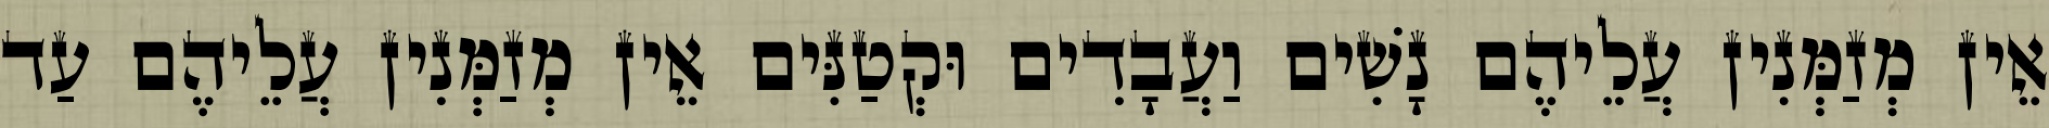
אֵין מְזַמְּנִין עֲלֵיהֶם נָשִׁים וַעֲבָדִים וּקְטַנִּים אֵין מְזַמְּנִין עֲלֵיהֶם עַד